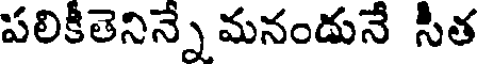
పలికీతెనిన్నే మనండునే సీత